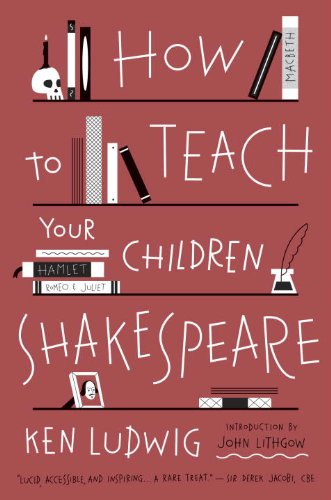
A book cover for How to Teach Your Children Shakespeare; Ken Ludwig; Literature & Fiction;